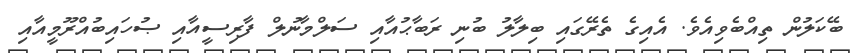
ބޭކަލުން ތިއްބެވިއެވެ. އެއިގެ ތެރޭގައި ބިލާލު ބުނި ރަބާޙުއާއި ސަލްމާނުލް ފާރިސީއާއި ޞުހައިބުއްރޫމީއާއި